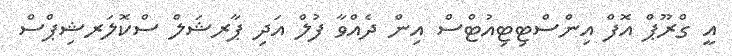
އީ ގްރޫޕް އޮފް އިންސްޓިޓިއުޓްސް އިން ދެއްވާ ފުލް އަދި ޕާރޝަލް ސްކޮލަރޝިޕްސް